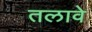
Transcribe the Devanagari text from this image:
तलावे